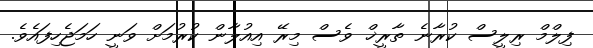
ފިލްމް ރިލީސް ކުރާނެ ތާރީޚް ވެސް މިރޭ އިއުލާން ކުރުމަށް ވަނީ ހަމަޖެހިފައެވެ.